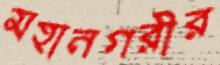
মহানগরীর